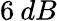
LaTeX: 6\: dB